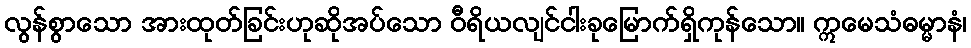
လွန်စွာသော အားထုတ်ခြင်းဟုဆိုအပ်သော ဝီရိယလျင်ငါးခုမြောက်ရှိကုန်သော။ ဣမေသံဓမ္မာနံ၊